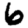
Digit: 6